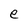
Character: e